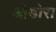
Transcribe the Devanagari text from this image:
ओडोरा